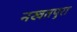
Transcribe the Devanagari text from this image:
नखतपुरा